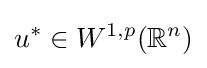
u^{*}\in W^{1,p}(\mathbb {R} ^{n})